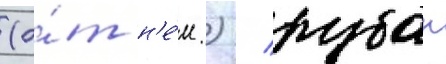
(о́т н'е́м.) / рубан